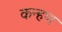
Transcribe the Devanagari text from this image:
कन्हण